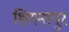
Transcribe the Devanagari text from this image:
शिगनापुर